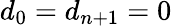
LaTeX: d_{0}=d_{n+1}=0